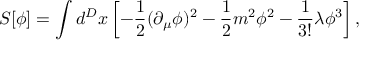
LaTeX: S [ \phi ] = \int d ^ { D } x \left[ - { \frac { 1 } { 2 } } ( \partial _ { \mu } \phi ) ^ { 2 } - { \frac { 1 } { 2 } } m ^ { 2 } \phi ^ { 2 } - { \frac { 1 } { 3 ! } } \lambda \phi ^ { 3 } \right] ,